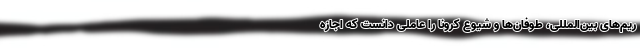
ریم‌های بین‌المللی، طوفان‌ها و شیوع کرونا را عاملی دانست که اجازه